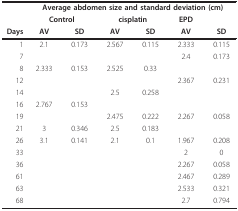
<table><thead><tr><td></td><td colspan="6"><b>Average abdomen size and standard deviation (cm)</b></td></tr><tr><td></td><td colspan="2"><b>Control</b></td><td colspan="2"><b>cisplatin</b></td><td><b>EPD</b></td><td></td></tr><tr><td><b>Days</b></td><td><b>AV</b></td><td><b>SD</b></td><td><b>AV</b></td><td><b>SD</b></td><td><b>AV</b></td><td><b>SD</b></td></tr></thead><tbody><tr><td>1</td><td>2.1</td><td>0.173</td><td>2.567</td><td>0.115</td><td>2.333</td><td>0.115</td></tr><tr><td>7</td><td></td><td></td><td></td><td></td><td>2.4</td><td>0.173</td></tr><tr><td>8</td><td>2.333</td><td>0.153</td><td>2.525</td><td>0.33</td><td></td><td></td></tr><tr><td>12</td><td></td><td></td><td></td><td></td><td>2.367</td><td>0.231</td></tr><tr><td>14</td><td></td><td></td><td>2.5</td><td>0.258</td><td></td><td></td></tr><tr><td>16</td><td>2.767</td><td>0.153</td><td></td><td></td><td></td><td></td></tr><tr><td>19</td><td></td><td></td><td>2.475</td><td>0.222</td><td>2.267</td><td>0.058</td></tr><tr><td>21</td><td>3</td><td>0.346</td><td>2.5</td><td>0.183</td><td></td><td></td></tr><tr><td>26</td><td>3.1</td><td>0.141</td><td>2.1</td><td>0.1</td><td>1.967</td><td>0.208</td></tr><tr><td>33</td><td></td><td></td><td></td><td></td><td>2</td><td>0</td></tr><tr><td>36</td><td></td><td></td><td></td><td></td><td>2.267</td><td>0.058</td></tr><tr><td>61</td><td></td><td></td><td></td><td></td><td>2.467</td><td>0.289</td></tr><tr><td>63</td><td></td><td></td><td></td><td></td><td>2.533</td><td>0.321</td></tr><tr><td>68</td><td></td><td></td><td></td><td></td><td>2.7</td><td>0.794</td></tr></tbody></table>